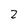
Character: 2